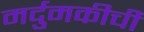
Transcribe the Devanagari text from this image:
मर्दुमकीची